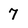
Character: 7